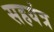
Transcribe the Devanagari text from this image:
सहयंत्र